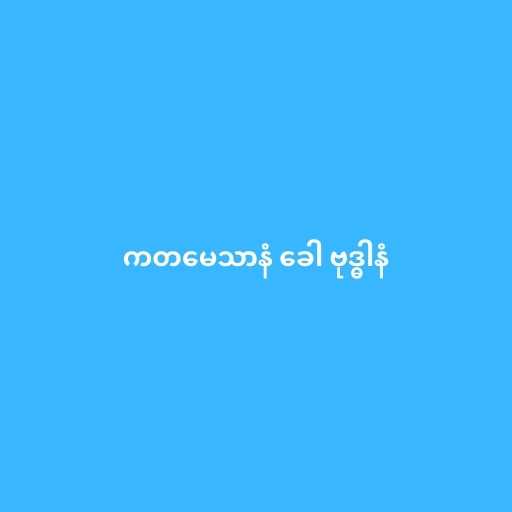
ကတမေသာနံ ခေါ ဗုဒ္ဓါနံ